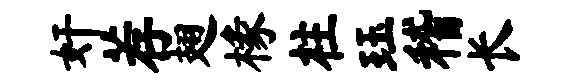
奸荐翅椽柱珏稽长